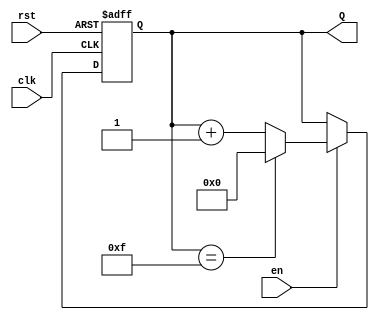
module binary_up_counter #(parameter n = 4) (
    input wire clk,      // Clock input
    input wire rst,      // Asynchronous reset
    input wire en,       // Enable signal
    output reg [n-1:0] Q // n-bit output count
);

    // On the rising edge of the clock
    always @(posedge clk or posedge rst) begin
        if (rst) begin
            // Reset the counter to 0
            Q <= 0;
        end else if (en) begin
            // Increment the counter, with wrap around
            if (Q == (2**n - 1)) begin
                Q <= 0; // Wrap around condition
            end else begin
                Q <= Q + 1; // Increment the count
            end
        end
    end

endmodule